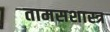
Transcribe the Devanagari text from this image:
तामसशास्त्र